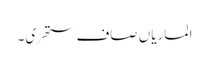
الماریاں صاف ستھری۔